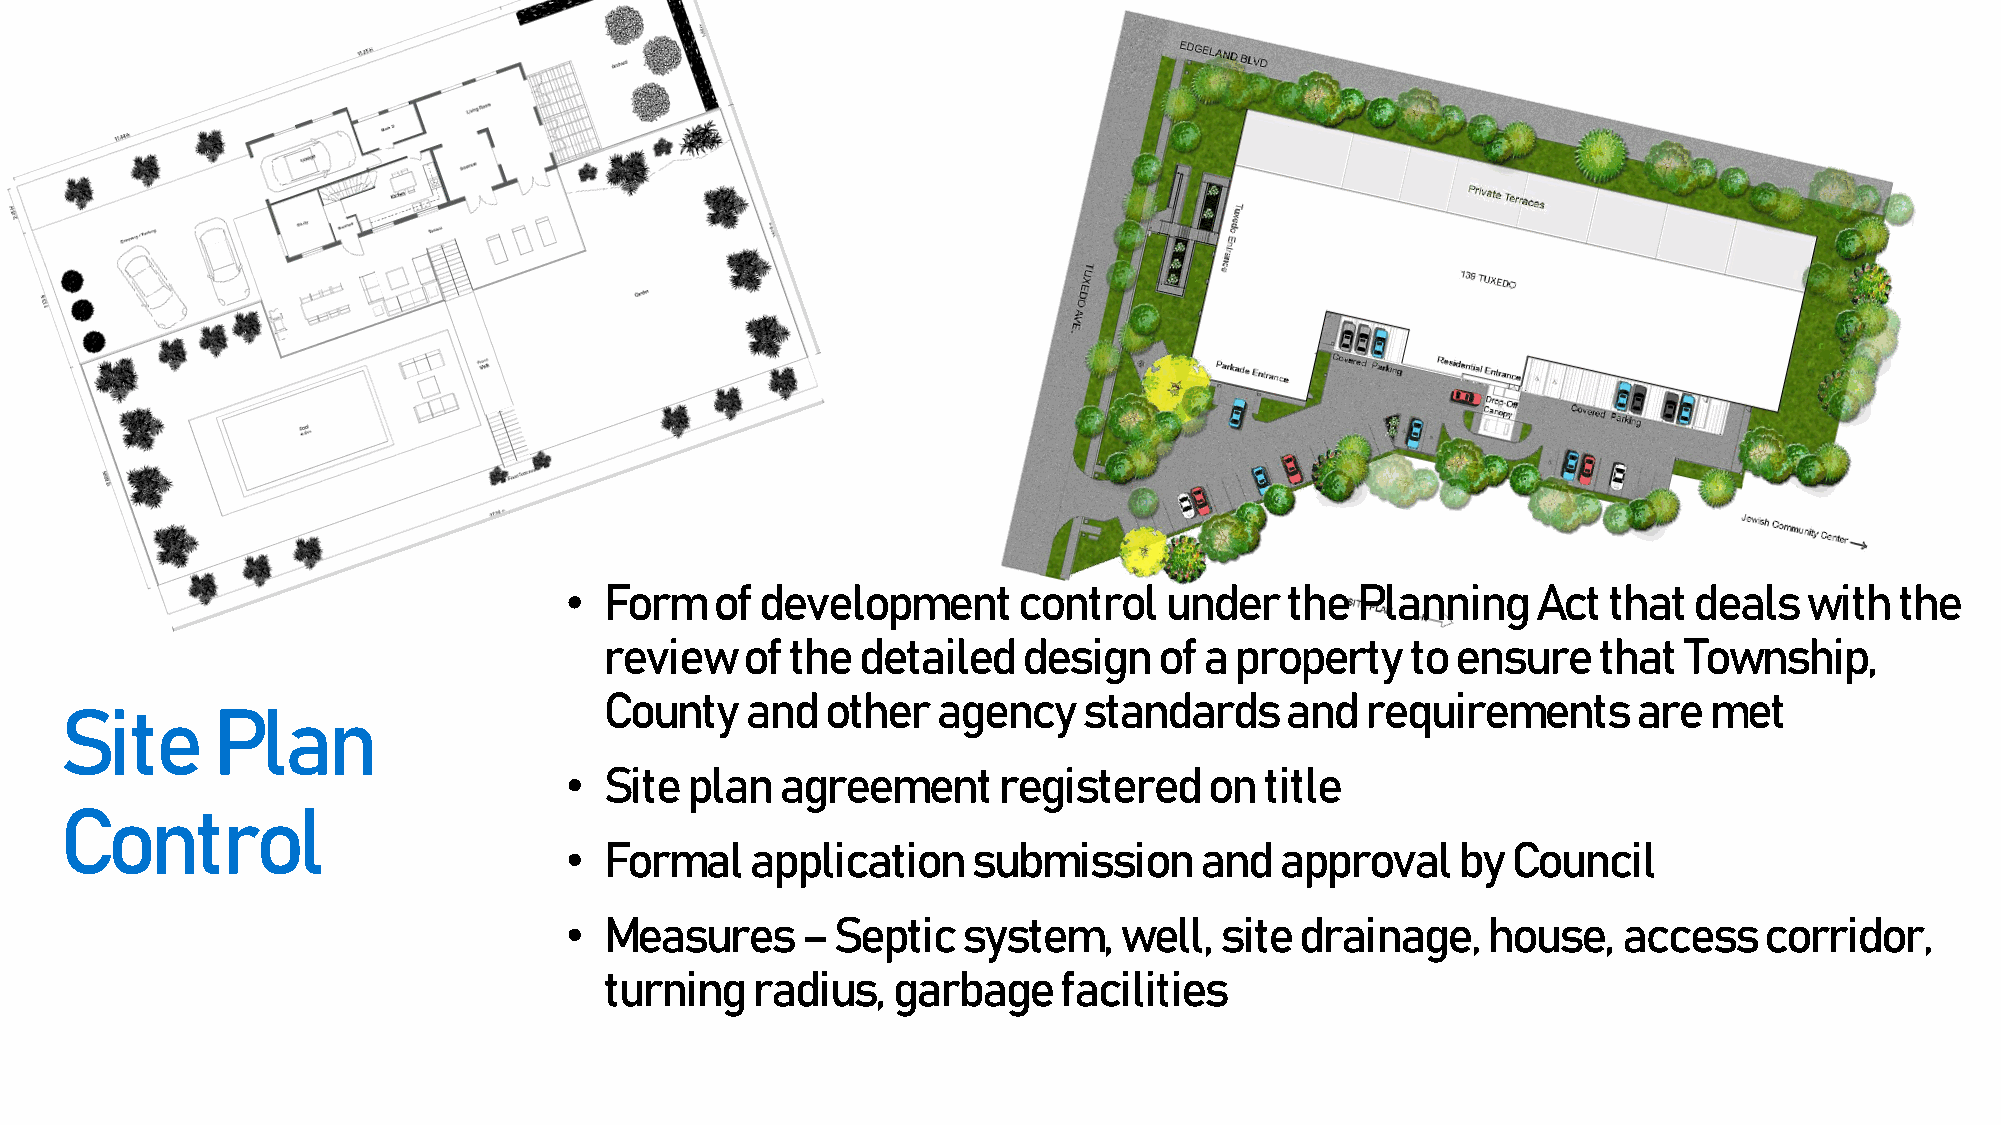
•  Form   of development      control   under   the  Planning    Act that  deals  with   the
 review   of the  detailed   design   of a property   to ensure    that Township,
 County   and   other  agency    standards    and  requirements      are  met
 Site      Plan
 •  Site plan   agreement     registered    on  title
 Control
 •  Formal    application   submission     and   approval   by  Council
 •  Measures     – Septic   system,   well,  site drainage,   house,   access    corridor,
 turning   radius,  garbage    facilities